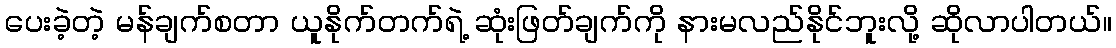
ပေးခဲ့တဲ့ မန်ချက်စတာ ယူနိုက်တက်ရဲ့ ဆုံးဖြတ်ချက်ကို နားမလည်နိုင်ဘူးလို့ ဆိုလာပါတယ်။